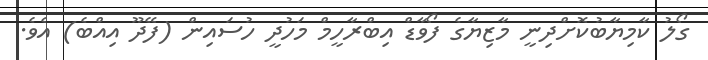
ގޯލު ކާމިޔާބުކޮށްދިނީ މާޒިޔާގެ ފޯވާޑް އިބްރާހީމް މަހުދީ ހުސައިން (ފޭދޫ އިއްބެ) އެވެ.